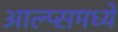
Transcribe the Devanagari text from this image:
आल्प्समध्ये